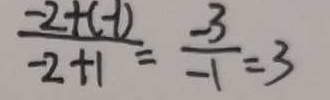
\frac { - 2 + ( - 1 ) } { - 2 + 1 } = \frac { - 3 } { - 1 } = 3